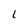
Character: L